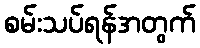
စမ်းသပ်ရန်အတွက်